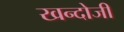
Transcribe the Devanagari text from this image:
खन्दोजी